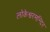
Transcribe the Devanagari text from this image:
लोकेश्वरमन्दिर